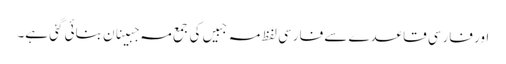
اور فارسی قاعدے سے فارسی لفظ مہ جبیں کی جمع مہ جبینان بنائی گئی ہے۔